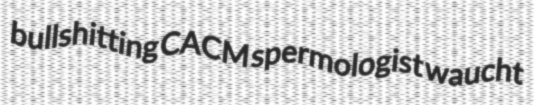
bullshitting CACM spermologist waucht